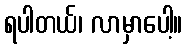
ရပါတယ်၊ လာမှာပေါ့။